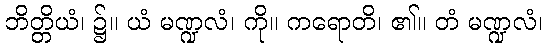
ဘိတ္တိယံ၊ ၌။ ယံ မဏ္ဍလံ၊ ကို။ ကရောတိ၊ ၏။ တံ မဏ္ဍလံ၊